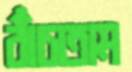
বাঁচতাম